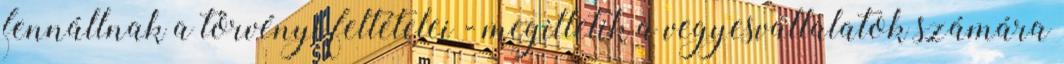
fennállnak a törvényi feltételei - megilletik a vegyesvállalatok számára